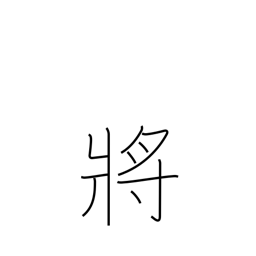
Meaning: admiral